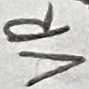
Text: VR